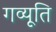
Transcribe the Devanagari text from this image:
गव्यूति